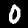
Digit: 0